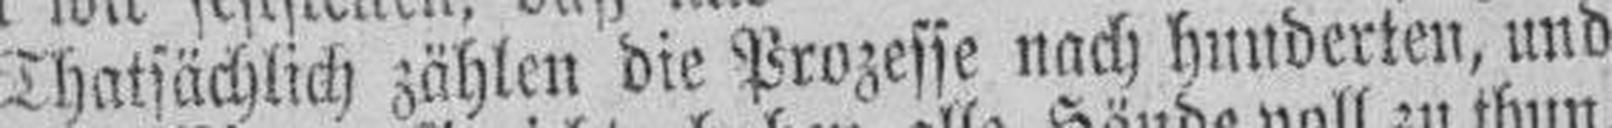
Thatsächlich zählen die Prozesse nach hunderten, und